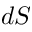
d S